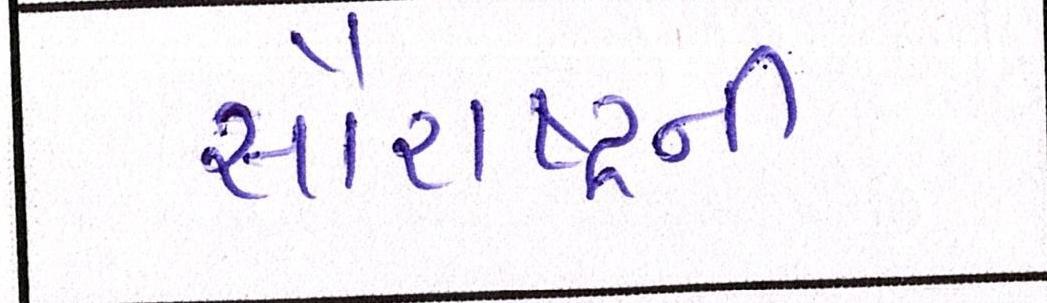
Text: સૌરાષ્ટ્ર્રની